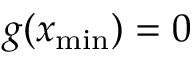
g ( x _ { \mathrm { m i n } } ) = 0